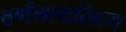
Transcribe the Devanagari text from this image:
वर्णनलालित्य